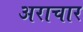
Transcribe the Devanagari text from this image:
अराचार